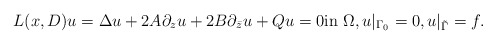
\begin{align*}L(x,D)u=\Delta u+2A\partial_z u+2B\partial_{\bar z} u+Qu=0\mbox{in}\,\,\Omega, u\vert_{\Gamma_0}=0,u\vert_{\tilde\Gamma}=f.\end{align*}